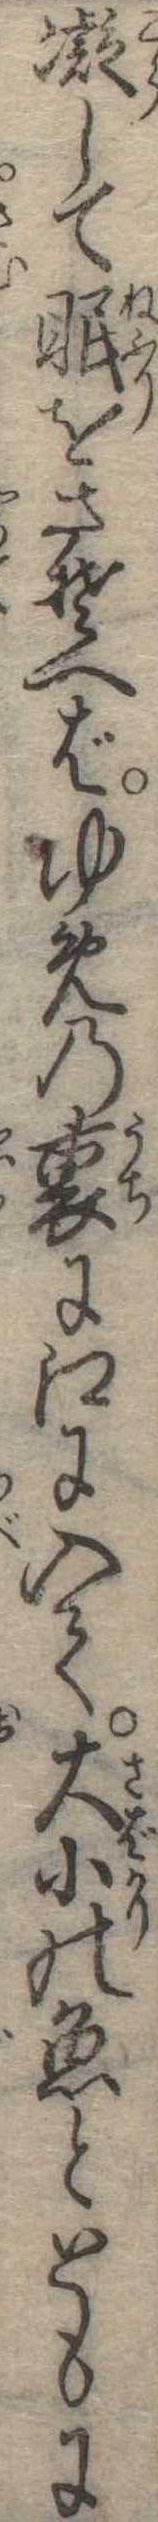
凝して眠をさそへばゆめの裏に江に入て大小の魚とともに